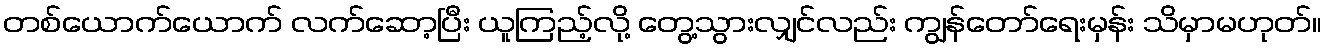
တစ်ယောက်ယောက် လက်ဆော့ပြီး ယူကြည့်လို့ တွေ့သွားလျှင်လည်း ကျွန်တော်ရေးမှန်း သိမှာမဟုတ်။